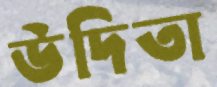
উদিতা